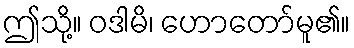
ဤသို့။ ဝဒါမိ၊ ဟောတော်မူ၏။